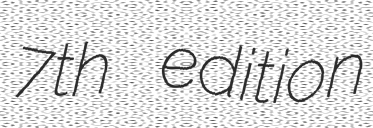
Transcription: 7th edition